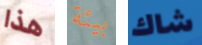
هذا بيئة شاك